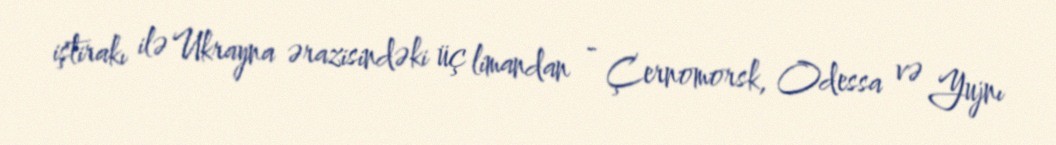
iştirakı ilə Ukrayna ərazisindəki üç limandan - Çernomorsk, Odessa və Yujnı